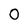
Character: 0